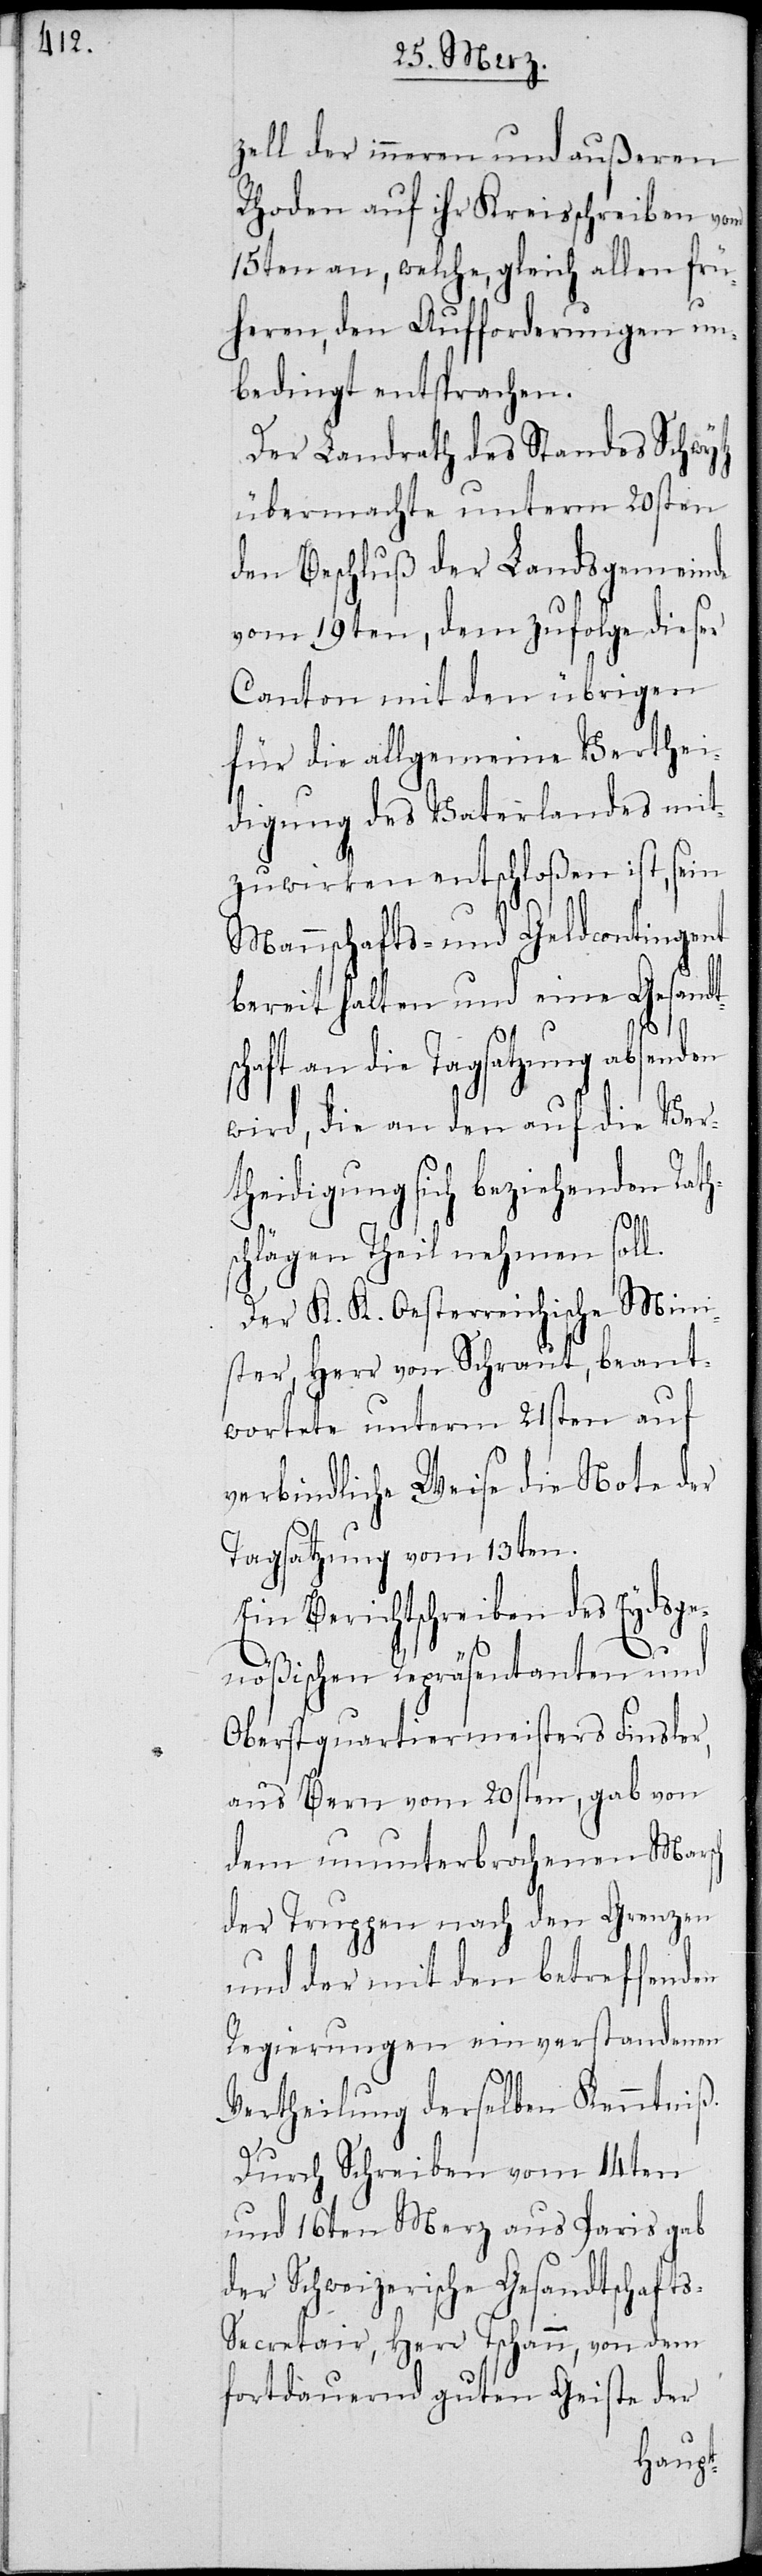
s¬

zell der inneren und äußeren
Rhoden auf ihr Kreisschreiben vom
15ten an, welche, gleich allen frü¬
heren, den Aufforderungen un¬
bedingt entsprachen.
Der Landrath des Standes Schwytz
übermachte unterm 20sten
den Beschluß der Landsgemeinde
vom 19ten, dem zufolge dieser
Canton mit den übrigen
für die allgemeine Verthei¬
digung des Vaterlandes mit¬
zuwirken entschloßen ist, sein
Mannschafts- und Geldcontingent
bereit halten und eine Gesandt¬
schaft an die Tagsatzung absenden
wird, die an den auf die Ver¬
theidigung sich beziehenden Rath¬
chlägen Theil nehmen soll.
Der K. K. Oesterreichische Mini¬
ster, Herr von Schraut, beant¬
wortete unterm 21sten auf
verbindliche Weise die Note der
Tagsatzung vom 13ten.
Ein Berichtschreiben des Eydsge¬
nößischen Repräsentanten und
Oberstquartiermeisters Finsler,
aus Bern vom 20sten, gab von
dem ununterbrochenen Marsch
der Truppen nach den Grenzen
und der mit den betreffenden
Regierungen einverstandenen
Vertheilung derselben Kenntniß.
Durch Schreiben vom 14ten
und 16ten Merz aus Paris gab
der Schweizerische Gesandtschaft¬
s-Secretair, Herr Tschann, von dem
fortdauernden guten Geiste der